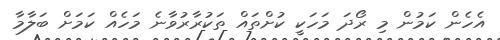
އެހެން ކަމުން މި ރޯދަ މަހަކީ ކުށްތައް ތަކުރާރުވާނެ މަހެއް ކަމަށް ބަލާމާ